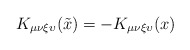
\begin{align*}K_{\mu \nu \xi \upsilon} (\tilde{x}) = - K_{\mu \nu \xi \upsilon} (x)\end{align*}